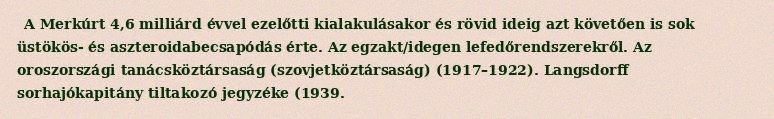
A Merkúrt 4,6 milliárd évvel ezelőtti kialakulásakor és rövid ideig azt követően is sok üstökös- és aszteroidabecsapódás érte. Az egzakt/idegen lefedőrendszerekről. Az oroszországi tanácsköztársaság (szovjetköztársaság) (1917–1922). Langsdorff sorhajókapitány tiltakozó jegyzéke (1939.